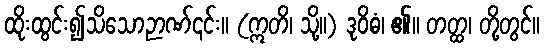
ထိုးထွင်း၍သိသောဉာဏ်၎င်း။ (ဣတိ၊ သို့။) ဒုဝိဓံ၊ ၏။ တတ္ထ၊ တို့တွင်။